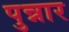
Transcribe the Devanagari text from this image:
पुन्नार